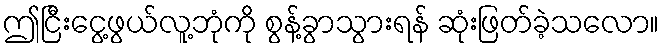
ဤငြီးငွေ့ဖွယ်လူ့ဘုံကို စွန့်ခွာသွားရန် ဆုံးဖြတ်ခဲ့သလော။